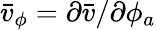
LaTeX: \bar{v}_{\phi}=\partial\bar{v}/\partial\phi_{a}